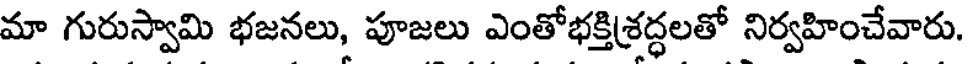
మా గురుస్వామి భజనలు, పూజలు ఎంతోభక్తిశ్రద్ధలతో నిర్వహించేవారు.